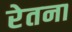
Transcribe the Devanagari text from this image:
रेतना